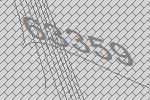
63359